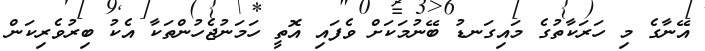
އޭނާގެ މި ހަރަކާތުގެ މައިގަނޑު ބޭނުމަކަށް ވެފައި އޮތީ ހަމަނުޖެހުންތަކާ އެކު ބިރުވެރިކަން